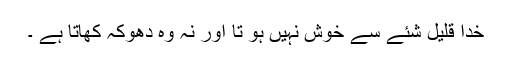
خدا قلیل شئے سے خوش نہیں ہو تا اور نہ وہ دھوکہ کھاتا ہے ۔